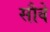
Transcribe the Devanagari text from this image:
सौवे